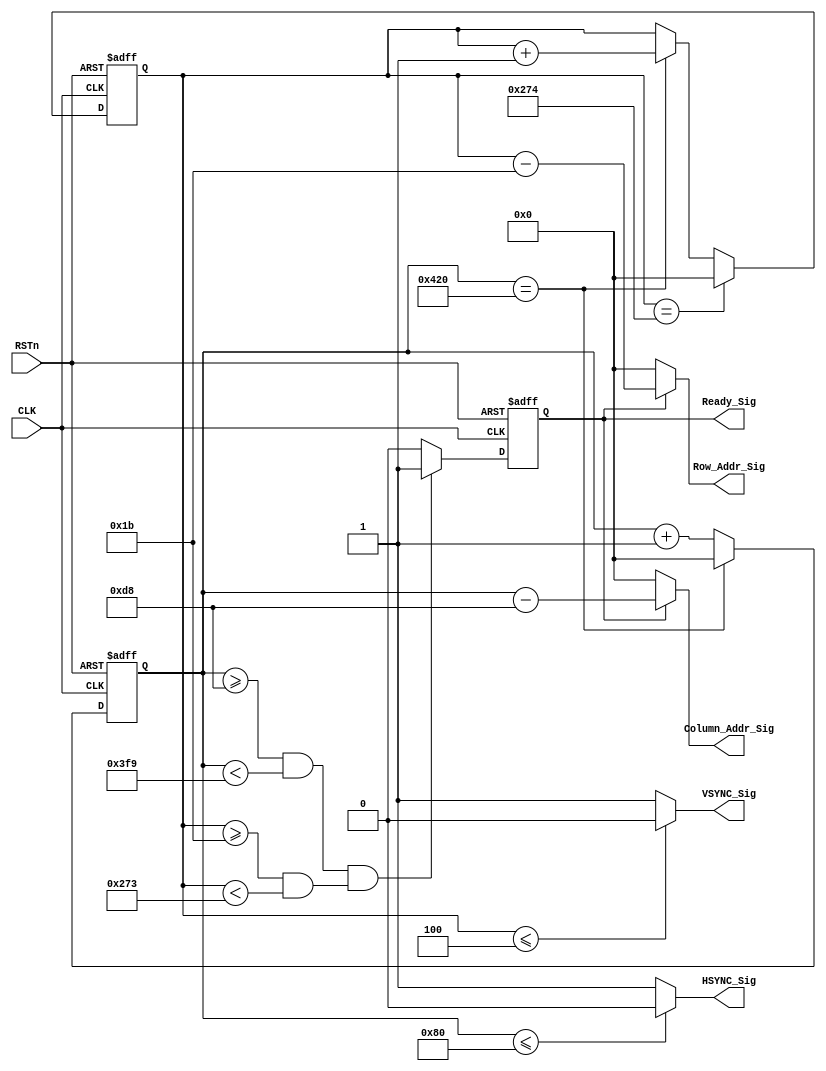
module over_sync_module
(
    CLK, RSTn,
	 VSYNC_Sig, HSYNC_Sig, Ready_Sig,
	 Column_Addr_Sig, Row_Addr_Sig
);

     input CLK;
	 input RSTn;
	 output VSYNC_Sig;
	 output HSYNC_Sig;
	 output Ready_Sig;
	 output [10:0]Column_Addr_Sig;
	 output [10:0]Row_Addr_Sig;
	 
	 /********************************/
	 
	 reg [10:0]Count_H;

	 always @ ( posedge CLK or negedge RSTn )
	     if( !RSTn )
				 Count_H <= 11'd0;
			else if( Count_H == 11'd1056 )
			    Count_H <= 11'd0;
			else 
			    Count_H <= Count_H + 1'b1;
    
	 /********************************/
	 
	 reg [10:0]Count_V;
		 
	 always @ ( posedge CLK or negedge RSTn )
	     if( !RSTn )
		      Count_V <= 11'd0;
		  else if( Count_V == 11'd628 )
		      Count_V <= 11'd0;
		  else if( Count_H == 11'd1056 )
		      Count_V <= Count_V + 1'b1;
	
	 /********************************/
	 
	 reg isReady;
	 
	 always @ ( posedge CLK or negedge RSTn )
	     if( !RSTn )
		      isReady <= 1'b0;
        else if( ( Count_H >= 11'd216 && Count_H < 11'd1017 ) && 
			        ( Count_V >= 11'd27 && Count_V < 11'd627 ) )
		      isReady <= 1'b1;
		  else
		      isReady <= 1'b0;
		    
	 /*********************************/
	 
	 assign VSYNC_Sig = ( Count_V <= 11'd4 ) ? 1'b0 : 1'b1;
	 assign HSYNC_Sig = ( Count_H <= 11'd128 ) ? 1'b0 : 1'b1;
	 assign Ready_Sig = isReady; 
	                       
	 
	 /********************************/
	 
	 assign Column_Addr_Sig = isReady ? Count_H - 11'd216 : 11'd0;    // Count from 0;
	 assign Row_Addr_Sig = isReady ? Count_V - 11'd27 : 11'd0; // Count from 0;
	
	 /********************************/
	 
endmodule